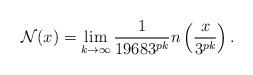
LaTeX: \begin{align*}\mathcal{N}(x) = \lim \limits_{k\rightarrow \infty}\frac{1}{19683^{pk}}n\left(\frac{x}{3^{pk}}\right).\end{align*}